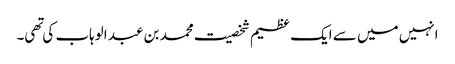
انہیں میں سے ایک عظیم شخصیت محمد بن عبد الوہاب کی تهی۔